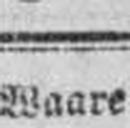
Waare